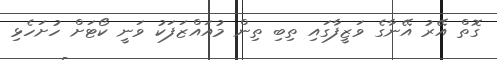
ގޮތް އޭރު އޭނާގެ ވަޒީފާގައި ތިބި ތިން މުއައްޒަފަކު ވަނީ ކޯޓަށް ހުށަހެޅި